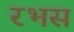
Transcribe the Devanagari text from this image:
रभस